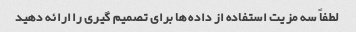
لطفاً سه مزیت استفاده از داده ها برای تصمیم گیری را ارائه دهید